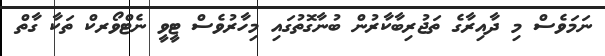
ނަމަވެސް މި ދާއިރާގެ ތަޖުރިބާކާރުން ބުނާގޮތުގައި މިހާރުވެސް ޓީވީ ނެޓްވޯރކް ތަކާ ގާތް